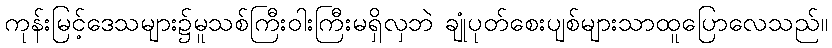
ကုန်းမြင့်ဒေသများ၌မူသစ်ကြီးဝါးကြီးမရှိလှဘဲ ချုံပုတ်စေးပျစ်များသာထူပြောလေသည်။